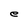
Character: e